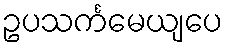
ဥပသင်္ကမေယျပေ